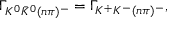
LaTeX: \Gamma _ { K ^ { 0 } \bar { K } ^ { 0 } ( n \pi ) ^ { - } } = \Gamma _ { K ^ { + } K ^ { - } ( n \pi ) ^ { - } } ,